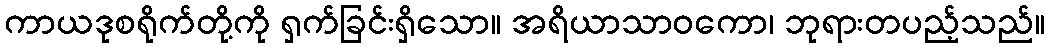
ကာယဒုစရိုက်တို့ကို ရှက်ခြင်းရှိသော။ အရိယာသာဝကော၊ ဘုရားတပည့်သည်။